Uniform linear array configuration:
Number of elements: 12
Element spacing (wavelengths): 0.5
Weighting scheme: exponential
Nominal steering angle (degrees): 60
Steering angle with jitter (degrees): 58.102
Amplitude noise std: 0.05
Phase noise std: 0.05

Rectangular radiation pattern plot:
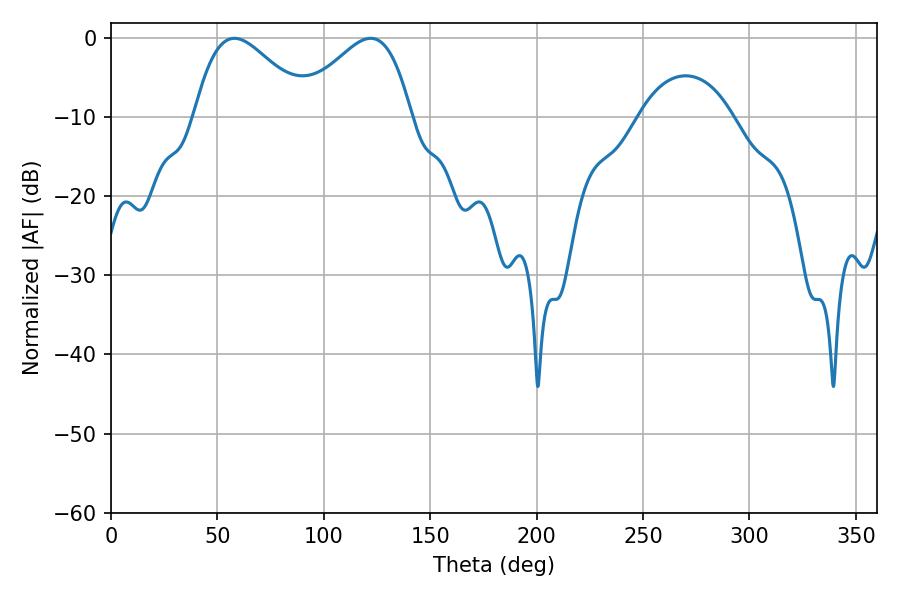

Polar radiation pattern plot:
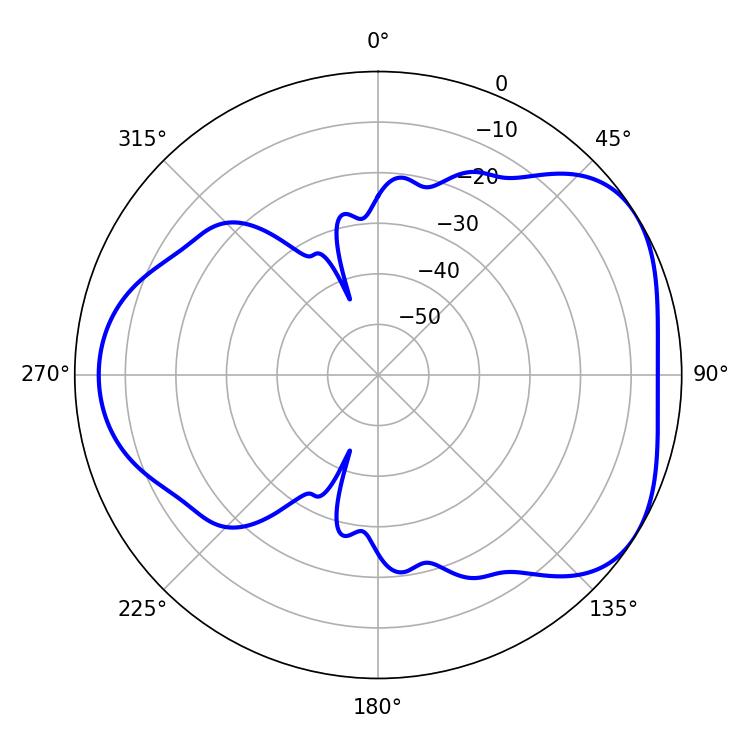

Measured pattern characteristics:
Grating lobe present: FALSE
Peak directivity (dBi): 4.37
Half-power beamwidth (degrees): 28.62
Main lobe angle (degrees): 57.96